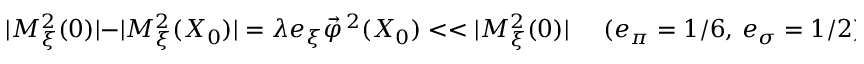
| M _ { \xi } ^ { 2 } ( 0 ) | - | { \cal M } _ { \xi } ^ { 2 } ( X _ { 0 } ) | = \lambda e _ { \xi } \vec { \varphi } ^ { \, 2 } ( X _ { 0 } ) < < | M _ { \xi } ^ { 2 } ( 0 ) | \; \; \; \; \; ( e _ { \pi } = 1 / 6 , \, e _ { \sigma } = 1 / 2 ) ,